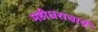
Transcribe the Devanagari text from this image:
महीधराचार्य